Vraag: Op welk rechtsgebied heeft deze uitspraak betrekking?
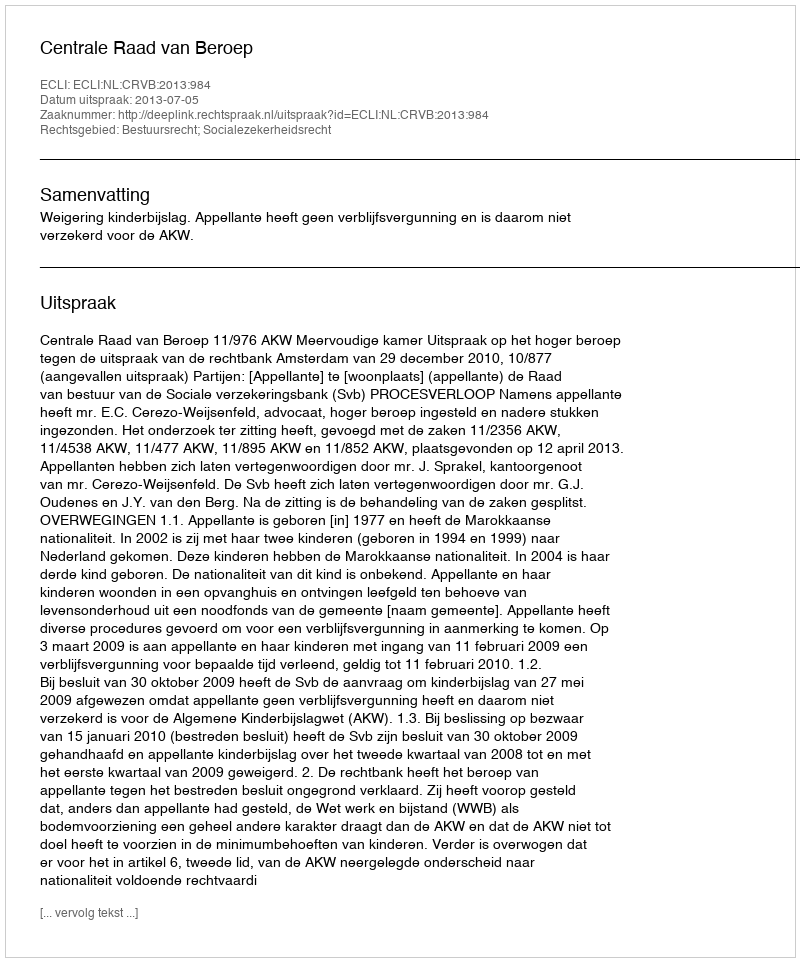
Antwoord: Bestuursrecht; Socialezekerheidsrecht